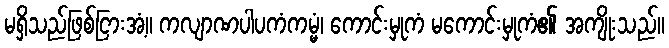
မရှိသည်ဖြစ်ငြားအံ့။ ကလျာဏပါပကံကမ္မံ၊ ကောင်းမှုကံ မကောင်းမှုကံ၏ အကျိုးသည်။